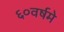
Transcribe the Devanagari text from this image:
६०वर्षमे